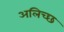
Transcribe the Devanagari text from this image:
अलिच्छ